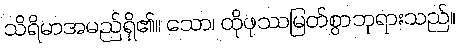
သိရိမာအမည်ရှိ၏။ သော၊ ထိုဖုဿမြတ်စွာဘုရားသည်။